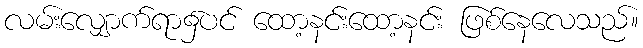
လမ်းလျှောက်ရာ၌ပင် ထော့နင်းထော့နင်း ဖြစ်နေလေသည်။